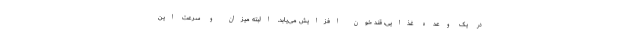
در یک وعده غذایی، قند خون افزایش می‌یابد. البته میزان و سرعت این